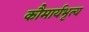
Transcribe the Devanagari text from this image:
कौमार्यभृत्य